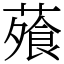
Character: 蕵